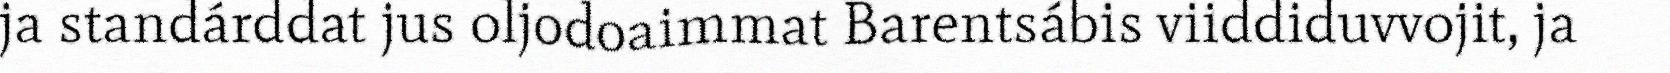
ja standárddat jus oljodoaimmat Barentsábis viiddiduvvojit, ja